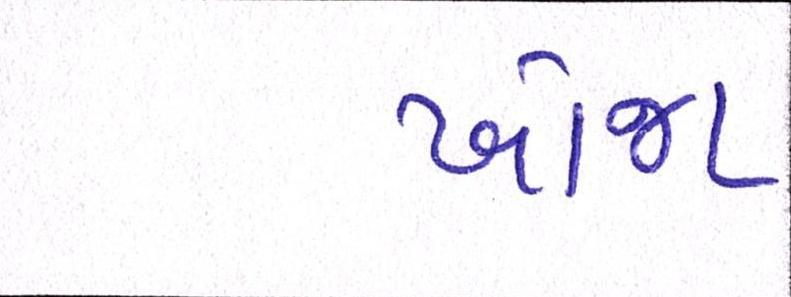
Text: ખોજા